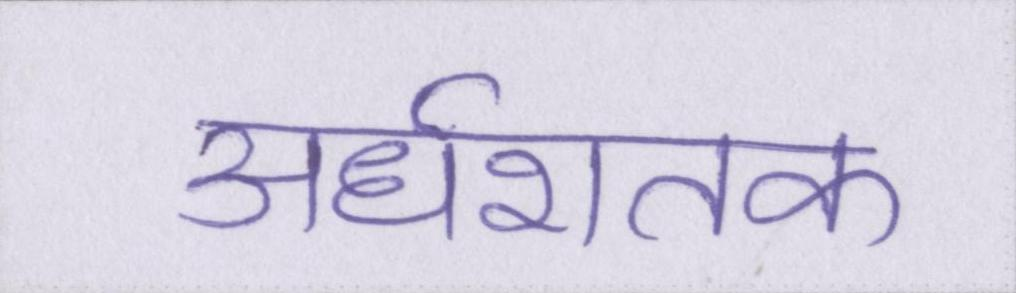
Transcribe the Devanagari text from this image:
अर्धशतक